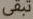
تبقى